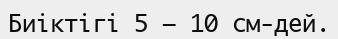
Биіктігі 5 – 10 см-дей.